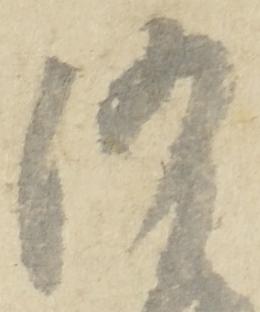
沙